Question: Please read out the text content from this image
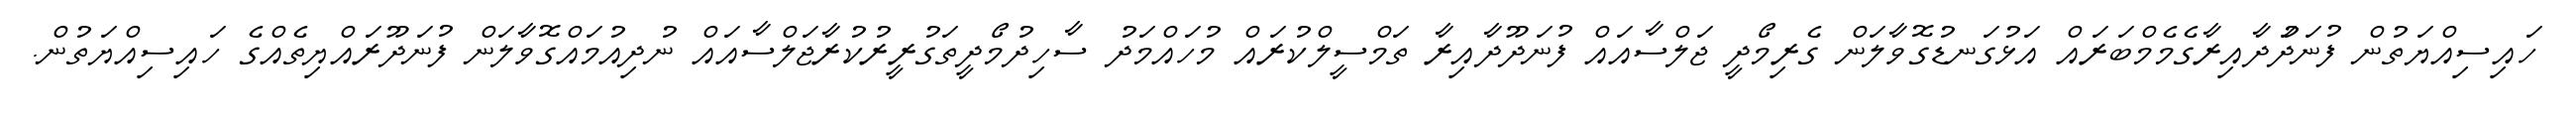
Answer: ހައިސިއްޔަތުން ފުނަދަުދާއިރާގެމެމްބަރައް އަޅުގަނޑުގޮވާލަން ގެރިމޯދީ ޖަލްސާއައް ފުނަދޫދާއިރާ ތަމްސީލްކުރައް މުހައްމަދު ސާހިދުމޯދީތަގުރީރުކުރާޖަލްސާއައް ނުދިއުމައްގޮވާލަން ފުނަދޫރައްޔިތެއްގެ ހައިސިއްޔަތުން.